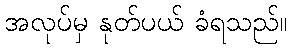
အလုပ်မှ နုတ်ပယ် ခံရသည်။